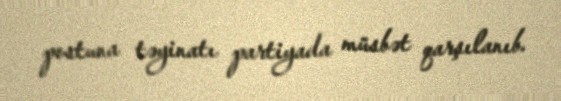
postuna təyinatı partiyada müsbət qarşılanıb.